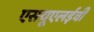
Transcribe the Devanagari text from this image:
एसयूएलईवी